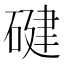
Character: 𮀴